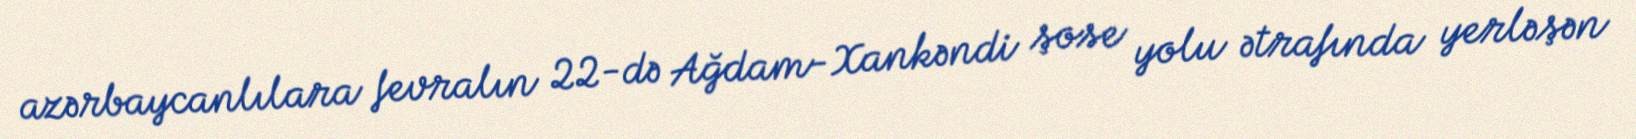
azərbaycanlılara fevralın 22-də Ağdam-Xankəndi şose yolu ətrafında yerləşən